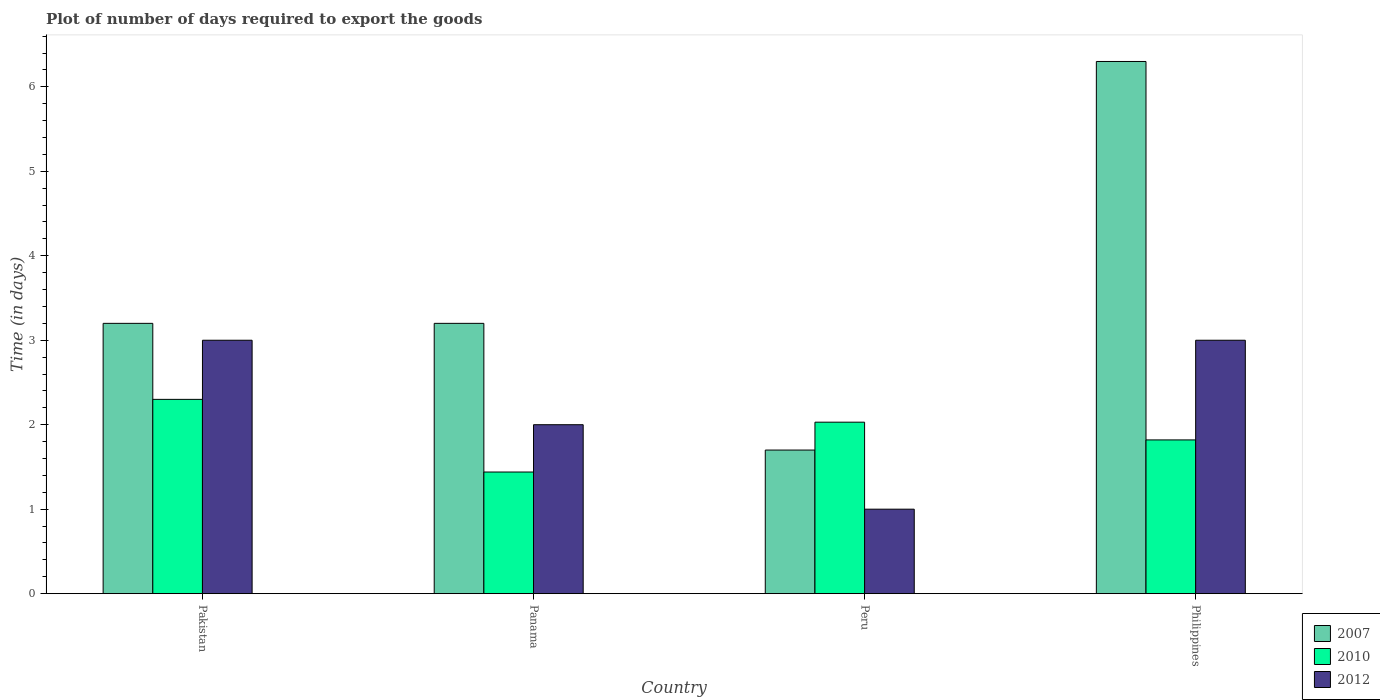
| Country | 2007 | 2010 | 2012 |
 | --- | --- | --- | --- |
 | Pakistan | 3.2 | 2.3 | 3 |
 | Panama | 3.2 | 1.44 | 2 |
 | Peru | 1.7 | 2.03 | 1 |
 | Philippines | 6.3 | 1.82 | 3 |